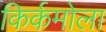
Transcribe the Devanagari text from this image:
किर्कमोला